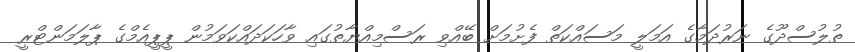
ތުލުސްދޫގެ ނަރުދަމާގެ އަމަލީ މަސައްކަތް ފެށުމަށް ބޭއްވި ރަސްމިއްޔާތުގައި ވާހަކަދައްކަވަމުން ޕީޕީއެމްގެ ޕާލަމަންޓްރީ